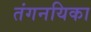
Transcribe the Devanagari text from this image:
तंगनयिका